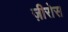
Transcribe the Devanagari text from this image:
ज़ीरोस